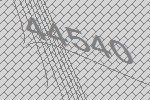
44540